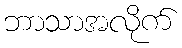
ဘာသာအလိုက်